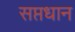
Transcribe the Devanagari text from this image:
सप्तधान